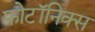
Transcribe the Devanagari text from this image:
फोटॉनिक्‍स